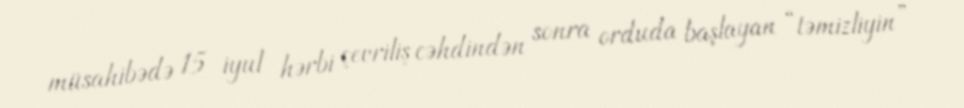
müsahibədə 15 iyul hərbi çevriliş cəhdindən sonra orduda başlayan “təmizliyin”